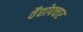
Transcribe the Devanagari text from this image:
वैद्योपचार